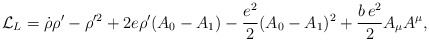
\begin{align*}{\cal L}_L=\dot \rho \rho '-\rho '^2 +2e\rho '(A_0-A_1)-{{e^2}\over 2}(A_0-A_1)^2 +\frac{b\,e^2}{2}A_\mu A^\mu,\end{align*}